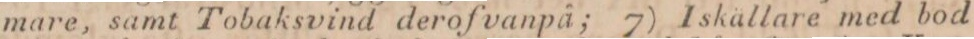
mare, samt Tobaksvind derofvanpå; 7) Iskällare med bod